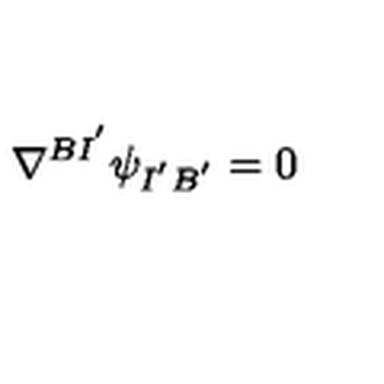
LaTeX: \nabla ^ { B I ^ { ' } } \psi _ { I ^ { ' } B ^ { ' } } = 0